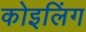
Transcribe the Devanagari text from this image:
कोइलिंग